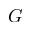
G